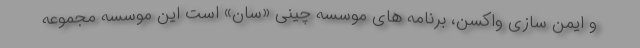
و ایمن سازی واکسن، برنامه های موسسه چینی «سان» است این موسسه مجموعه